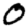
Digit: 0